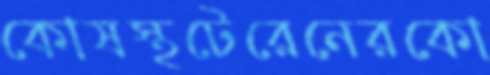
কোষস্থটেরেনেরকো